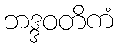
ဘဒ္ဒဝတိကံ